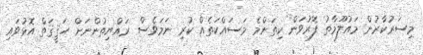
މިސަރުކާރުން މައުލޫމާތު ފޮރުވަން ކިތަންމެ މަސައްކަތެއް ކުރި ނަމަވެސް ރައްޔިތުންނަށް ހަޤީޤަތް އޮޅުވައި